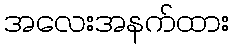
အလေးအနက်ထား